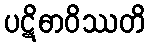
ပဋိဓာဝိဿတိ